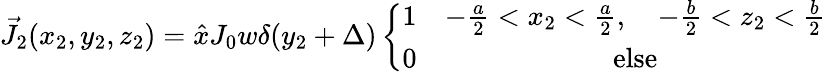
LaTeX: \vec{J}_{2}(x_{2},y_{2},z_{2})=\hat{x}J_{0}w\delta(y_{2}+\Delta)\left\{ \begin{array}{cc}{1}&{-\frac{a}{2}<x_{2}<\frac{a}{2},\quad-\frac{b}{2}<z_{2}<\frac{b}{2}}\\ {0}&{\mathrm{else}}\end{array}\right.